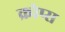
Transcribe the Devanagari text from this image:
क्रोप्स